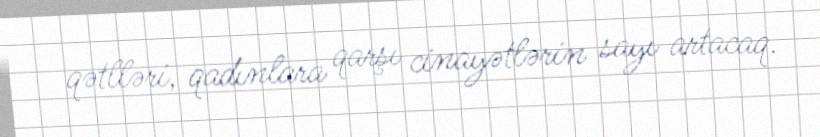
qətlləri, qadınlara qarşı cinayətlərin sayı artacaq.